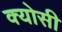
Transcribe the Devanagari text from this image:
क्योसी